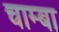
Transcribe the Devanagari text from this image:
चाम्बा